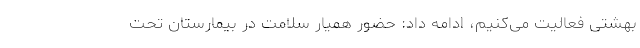
بهشتی فعالیت می‌کنیم، ادامه داد: حضور همیار سلامت در بیمارستان تحت